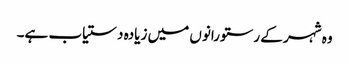
وہ شہر کے رستورانوں میں زیادہ دستیاب ہے۔